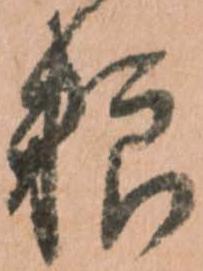
粮